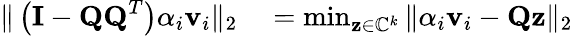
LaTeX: \begin{array}{rl}{\| \left(\mathbf{I}-\mathbf{QQ}^{T}\right)\alpha_{i}\mathbf{v}_{i}\| _{2}}&{{}=\operatorname*{min}_{\mathbf{z}\in\mathbb{C}^{k}}\| \alpha_{i}\mathbf{v}_{i}-\mathbf{Qz}\| _{2}}\end{array}